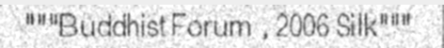
"""Buddhist Forum , 2006 Silk"""